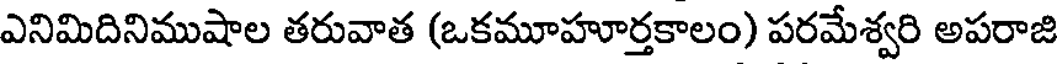
ఎనిమిదినిముషాల తరువాత (ఒకమూహూర్తకాలం) పరమేశ్వరి అపరాజి